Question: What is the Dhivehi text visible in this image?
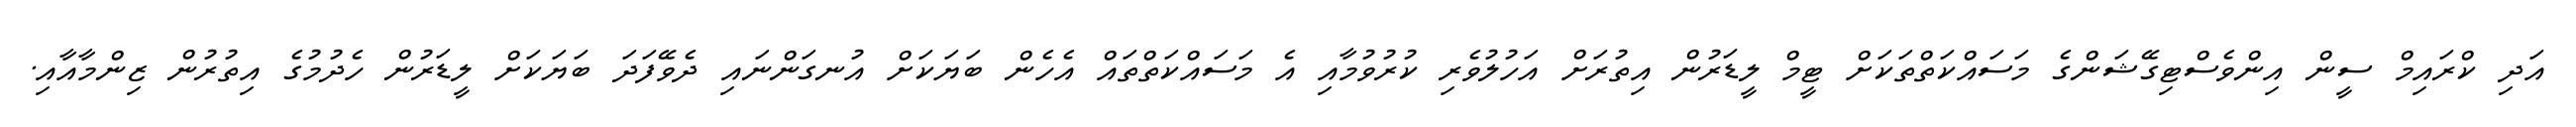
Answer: އަދި ކްރައިމް ސީން އިންވެސްޓިގޭޝަންގެ މަސައްކަތްތަކަށް ޓީމް ލީޑަރުން އިތުރަށް އަހުލުވެރި ކުރުވުމާއި އެ މަސައްކަތްތައް އެހެން ބަޔަކަށް އުނގަންނައި ދެވޭފަދަ ބަޔަކަށް ލީޑަރުން ހެދުމުގެ އިތުރުން ޒިންމާއާއި.